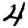
Digit: 4